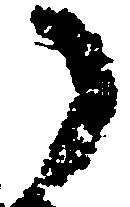
了